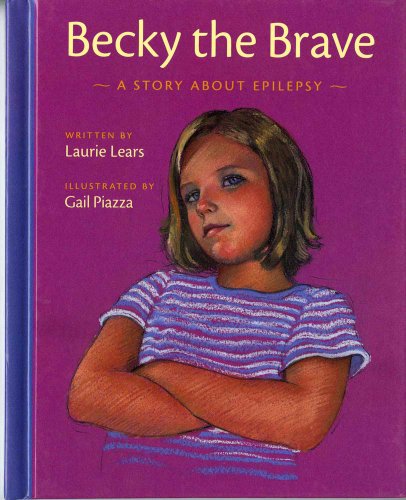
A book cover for Becky the Brave: A Story about Epilepsy; Laurie Lears; Health, Fitness & Dieting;